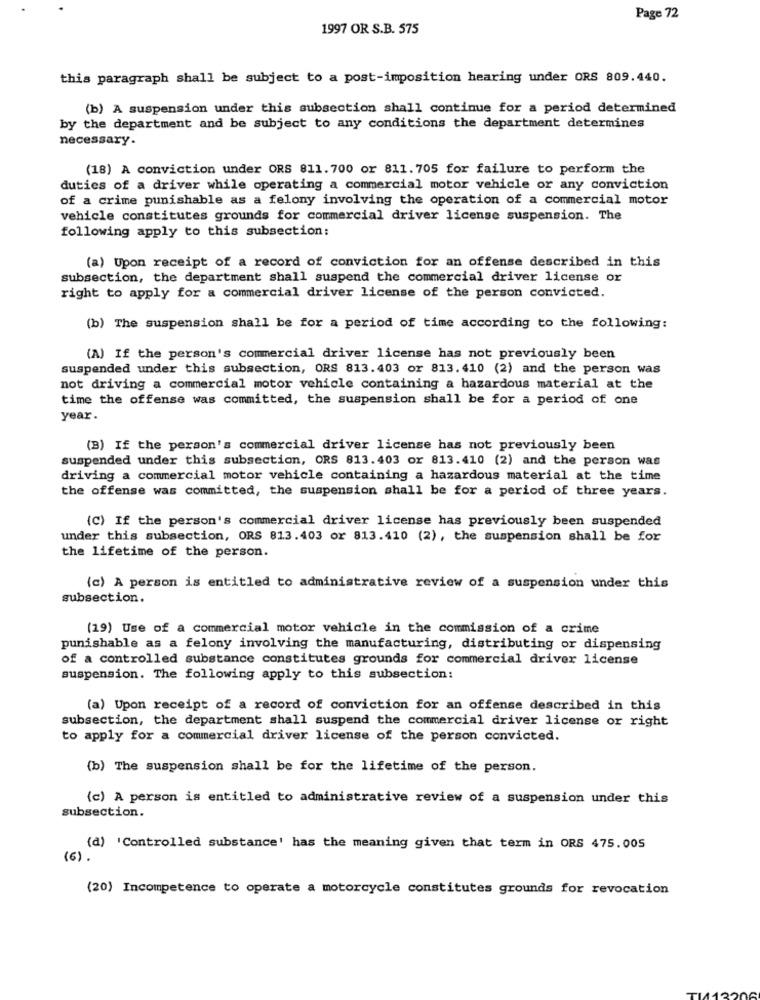
Page 72
1997 OR S.B. 575
this paragraph shall be subject to a post-imposition hearing under ORS 809.440.
(b) A suspension under this subsection shall continue for a period determined
by the department and be subject to any conditions the department determines
necessary.
(18) A conviction under ORS 811.700 or 811.705 for failure to perform the
duties of a driver while operating a commercial motor vehicle or any conviction
of a crime punishable as a felony involving the operation of a commercial motor
vehicle constitutes grounds for commercial driver license suspension. The
following apply to this subsection:
(a) Upon receipt of a record of conviction for an offense described in this
subsection, the department shall suspend the commercial driver license or
right to apply for a commercial driver license of the person convicted.
(b) The suspension shall be for a period of time according to the following:
(A) If the person's commercial driver license has not previously been
suspended under this subsection, ORS 813.403 or 813.410 (2) and the person was
not driving a commercial motor vehicle containing a hazardous material at the
time the offense was committed, the suspension shall be for a period of one
year.
(B) If the person's commercial driver license has not previously been
suspended under this subsection, ORS 813.403 or 813.410 (2) and the person was
driving a commercial motor vehicle containing a hazardous material at the time
the offense was committed, the suspension shall be for a period of three years.
(C) If the person's commercial driver license has previously been suspended
under this subsection, ORS 813.403 or 813.410 (2) , the suspension shall be for
the lifetime of the person.
(c) A person is entitled to administrative review of a suspension under this
subsection.
(19) Use of a commercial motor vehicle in the commission of a crime
punishable as a felony involving the manufacturing, distributing or dispensing
of a controlled substance constitutes grounds for commercial driver license
suspension. The following apply to this subsection:
(a) Upon receipt of a record of conviction for an offense described in this
subsection, the department shall suspend the commercial driver license or right
to apply for a commercial driver license of the person convicted.
(b) The suspension shall be for the lifetime of the person.
(c) A person is entitled to administrative review of a suspension under this
subsection.
(d) 'Controlled substance' has the meaning given that term in ORS 475.005
(6) .
(20) Incompetence to operate a motorcycle constitutes grounds for revocation